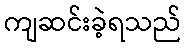
ကျဆင်းခဲ့ရသည်